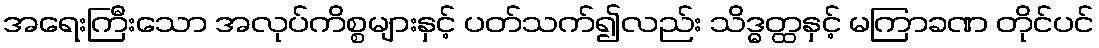
အရေးကြီးသော အလုပ်ကိစ္စများနှင့် ပတ်သက်၍လည်း သိဒ္ဓတ္ထနှင့် မကြာခဏ တိုင်ပင်